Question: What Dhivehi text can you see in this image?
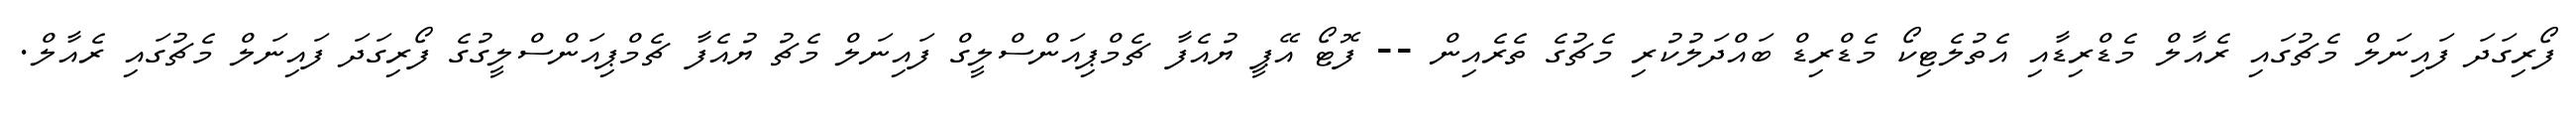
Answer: ފޯރިގަދަ ފައިނަލް މެޗުގައި ރެއާލް މެޑްރިޑާއި އެތުލެޓިކޯ މެޑްރިޑް ބައްދަލުކުރި މެޗުގެ ތެރެއިން -- ފޮޓޯ އޭޕީ ޔުއެފާ ޗެމްޕިއަންސްލީގް ފައިނަލް މެޗު ޔުއެފާ ޗެމްޕިއަންސްލީގުގެ ފޯރިގަދަ ފައިނަލް މެޗުގައި ރެއާލް.